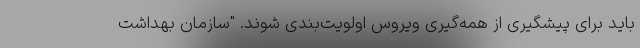
باید برای پیشگیری از همه‌گیری ویروس اولویت‌بندی شوند. "سازمان بهداشت